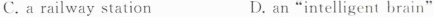
C. a railway station D. an"intelligent brain"